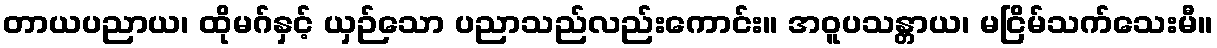
တာယပညာယ၊ ထိုမဂ်နှင့် ယှဉ်သော ပညာသည်လည်းကောင်း။ အဝူပသန္တာယ၊ မငြိမ်သက်သေးမီ။